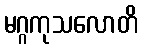
မဂ္ဂကုသလောတိ